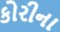
કોરીના